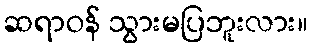
ဆရာဝန် သွားမပြဘူးလား။